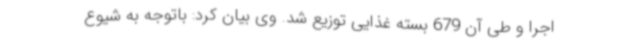
اجرا و طی آن 679 بسته غذایی توزیع شد. وی بیان کرد: باتوجه به شیوع